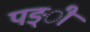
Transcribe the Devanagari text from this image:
पङ्ी